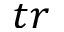
t r